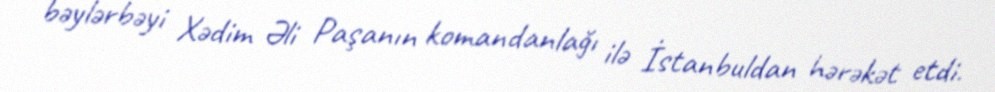
bəylərbəyi Xədim Əli Paşanın komandanlağı ilə İstanbuldan hərəkət etdi.